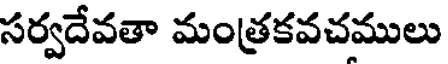
సర్వదేవతా మంత్రకవచములు